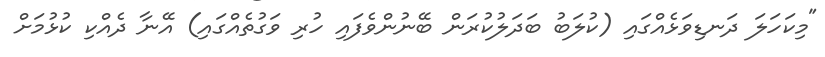
"މިކަހަލަ ދަނޑިވަޅެއްގައި (ކުލަބު ބަދަލުކުރަން ބޭނުންވެފައި ހުރި ވަގުތެއްގައި) އޭނާ ދެއްކި ކުޅުމަށް